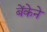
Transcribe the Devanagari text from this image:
बेंकेने